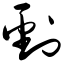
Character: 刭